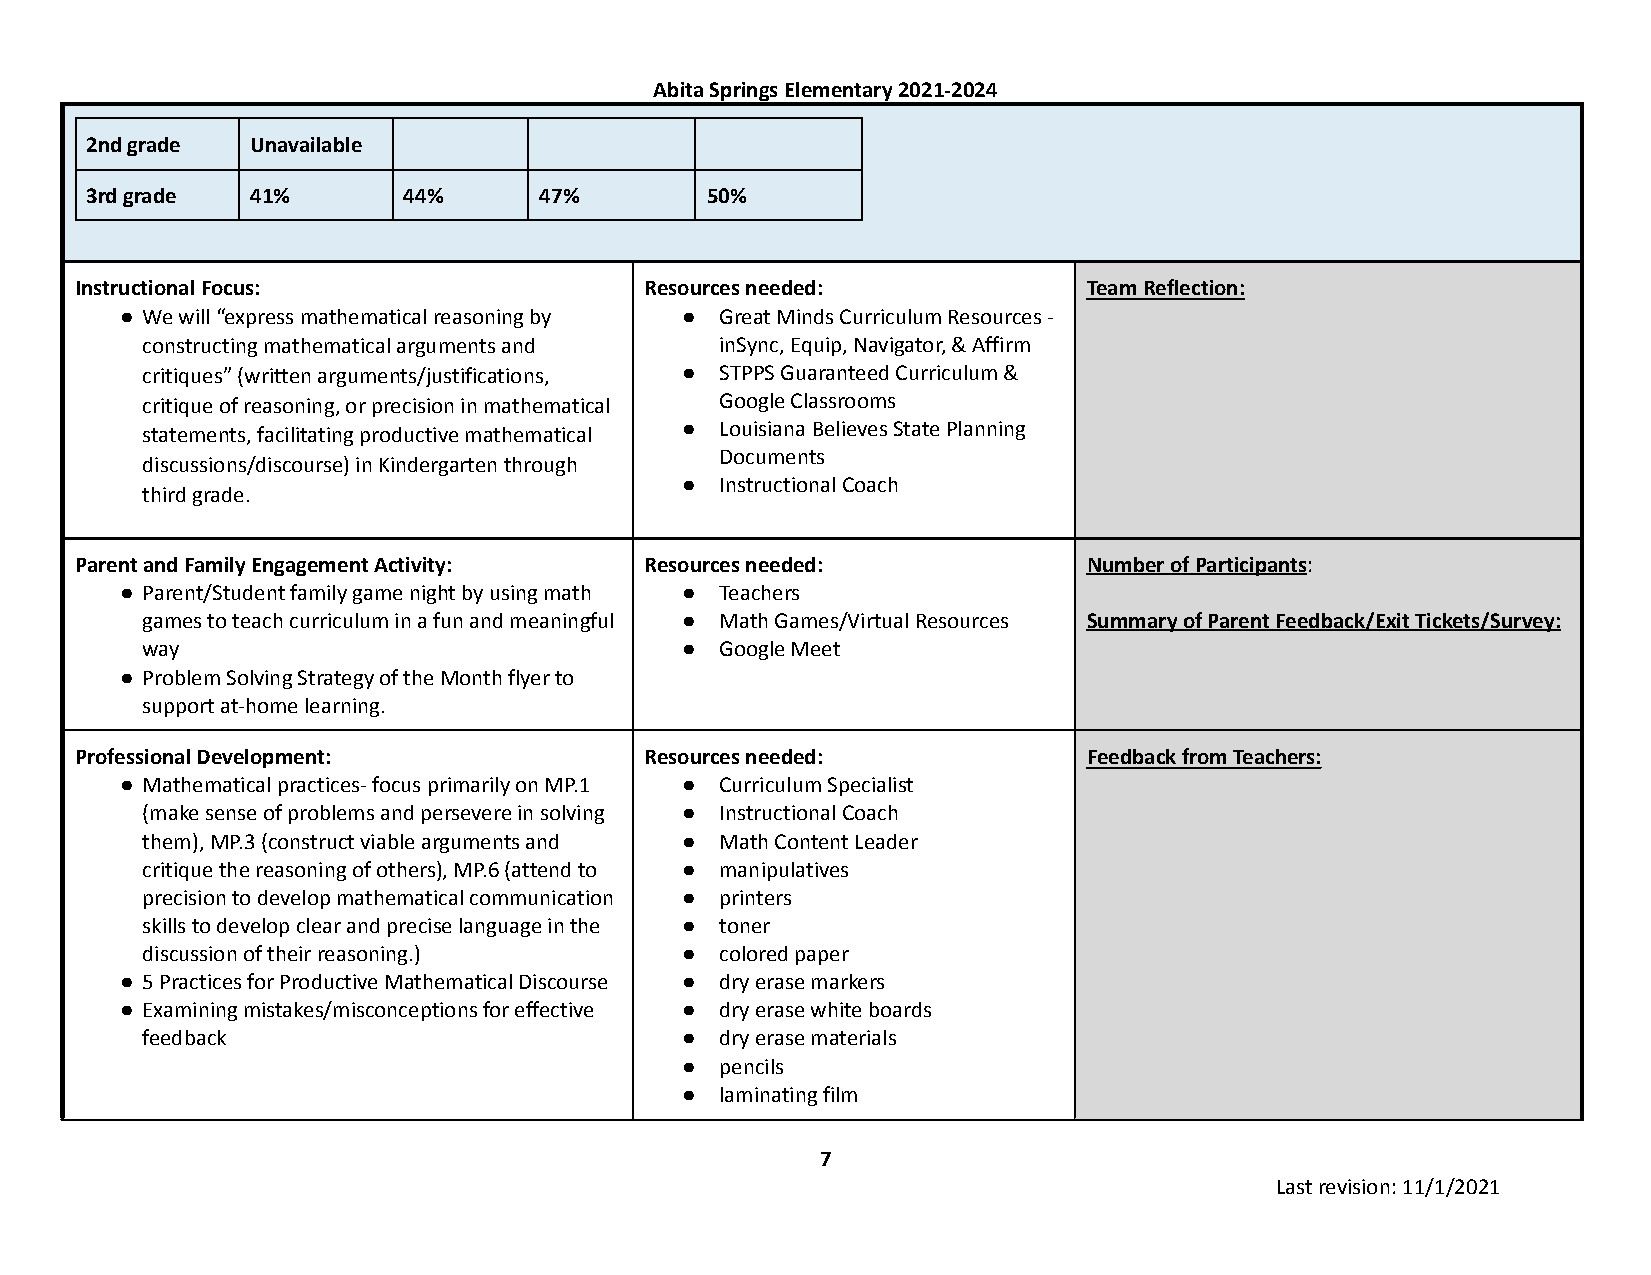
Abita Springs Elementary 2021-2024
 2nd grade  Unavailable
 3rd grade  41%       44%      47%        50%
 Instructional Focus:                  Resources needed:            Team Reflection:
 ● We will “express mathematical reasoning by ● Great Minds Curriculum Resources -
 constructing mathematical arguments and inSync, Equip, Navigator, & Affirm
 critiques” (written arguments/justifications, ● STPPS Guaranteed Curriculum &
 critique of reasoning, or precision in mathematical Google Classrooms
 statements, facilitating productive mathematical ● Louisiana Believes State Planning
 Documents
 discussions/discourse) in Kindergarten through
 ●  Instructional Coach
 third grade.
 Parent and Family Engagement Activity: Resources needed:           Number of Participants:
 ● Parent/Student family game night by using math ● Teachers
 games to teach curriculum in a fun and meaningful ● Math Games/Virtual Resources Summary of Parent Feedback/Exit Tickets/Survey:
 way                                 ●  Google Meet
 ● Problem Solving Strategy of the Month flyer to
 support at-home learning.
 Professional Development:             Resources needed:            Feedback from Teachers:
 ● Mathematical practices- focus primarily on MP.1 ● Curriculum Specialist
 (make sense of problems and persevere in solving ● Instructional Coach
 them), MP.3 (construct viable arguments and ● Math Content Leader
 critique the reasoning of others), MP.6 (attend to ● manipulatives
 precision to develop mathematical communication ● printers
 skills to develop clear and precise language in the ● toner
 discussion of their reasoning.)     ●  colored paper
 ● 5 Practices for Productive Mathematical Discourse ● dry erase markers
 ● Examining mistakes/misconceptions for effective ● dry erase white boards
 feedback                            ●  dry erase materials
 ●  pencils
 ●  laminating film
 7
 Last revision: 11/1/2021